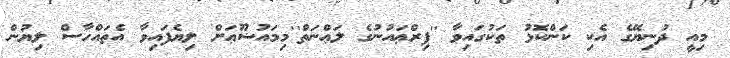
މިއީ ދުނިޔޭގެ އެކި ކަންކޮޅު ތަކުގައިވާ ''ފިރްޢައުނުގެ ލަޢްނަތް''މިމައުޟޫޢަށް ލިޔެފައިވާ އެތައްހާސް ލިޔުން